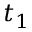
t _ { 1 }